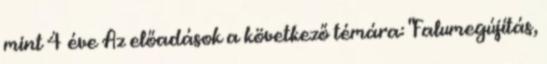
mint 4 éve Az előadások a következő témára: "Falumegújítás,